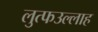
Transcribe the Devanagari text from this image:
लुत्फउल्लाह